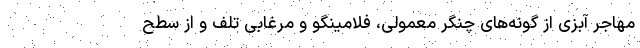
مهاجر آبزی از گونه‌های چنگر معمولی، فلامینگو و مرغابی تلف و از سطح